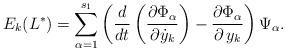
LaTeX: \begin{align*}E_{k}(L^*)=\displaystyle\sum_{\alpha=1}^{s_1}\left(\dfrac{d}{dt}\left(\dfrac{\partial\Phi_\alpha}{\partial\dot{y}_k}\right)-\dfrac{\partial\Phi_\alpha}{\partial\,y_k}\right)\Psi_\alpha.\end{align*}